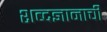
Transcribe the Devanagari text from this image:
शब्दज्ञानाची